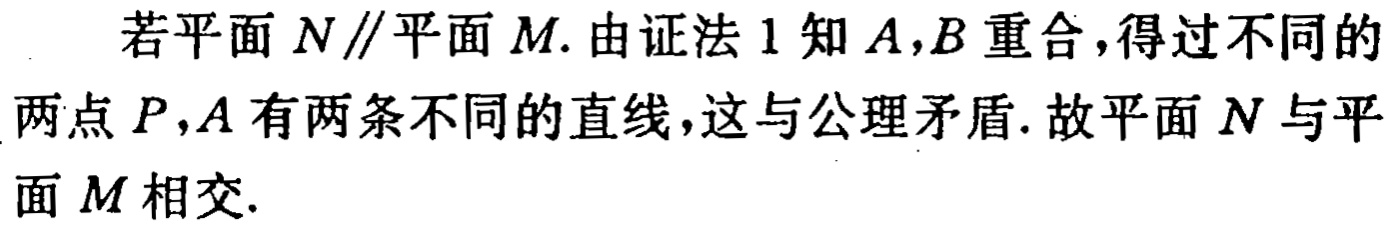
若平面 \(N\parallel\)平面 \(M\). 由证法 1 知 \(A,B\) 重合，得过不同的两点 \(P,A\) 有两条不同的直线，这与公理矛盾. 故平面 \(N\) 与平面 \(M\) 相交.